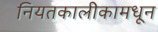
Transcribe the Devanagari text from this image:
नियतकालीकामधून